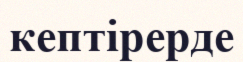
кептірерде